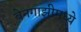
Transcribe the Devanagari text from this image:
बेनगाझीमध्ये